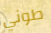
طوني